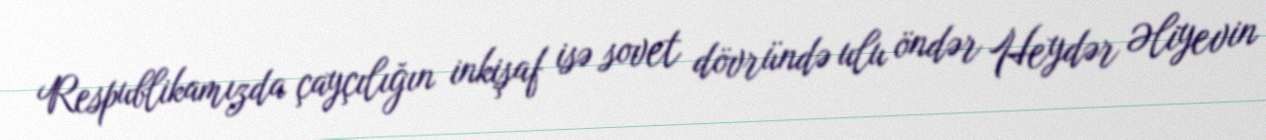
Respublikamızda çayçılığın inkişaf isə sovet dövründə ulu öndər Heydər Əliyevin